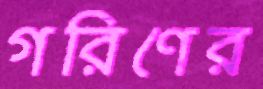
গরিণের